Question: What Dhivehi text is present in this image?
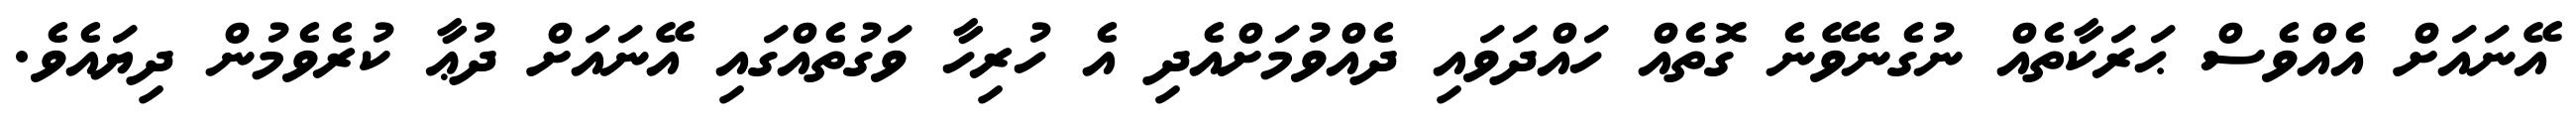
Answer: އޭނައަށް އެއްވެސް ޙަރަކާތެއް ނުގެނެވޭނެ ގޮތެއް ހައްދަވައި ދެއްވުމަށްއެދި އެ ހުރިހާ ވަގުތެއްގައި އޭނައަށް ދުޢާ ކުރެވެމުން ދިޔައެވެ.